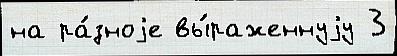
на ра́зноjе вы́раженнуjу 3